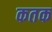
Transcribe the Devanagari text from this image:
कतक